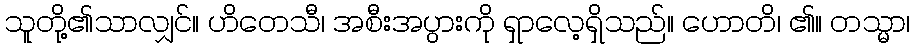
သူတို့၏သာလျှင်။ ဟိတေသီ၊ အစီးအပွားကို ရှာလေ့ရှိသည်။ ဟောတိ၊ ၏။ တသ္မာ၊